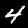
Label: 4